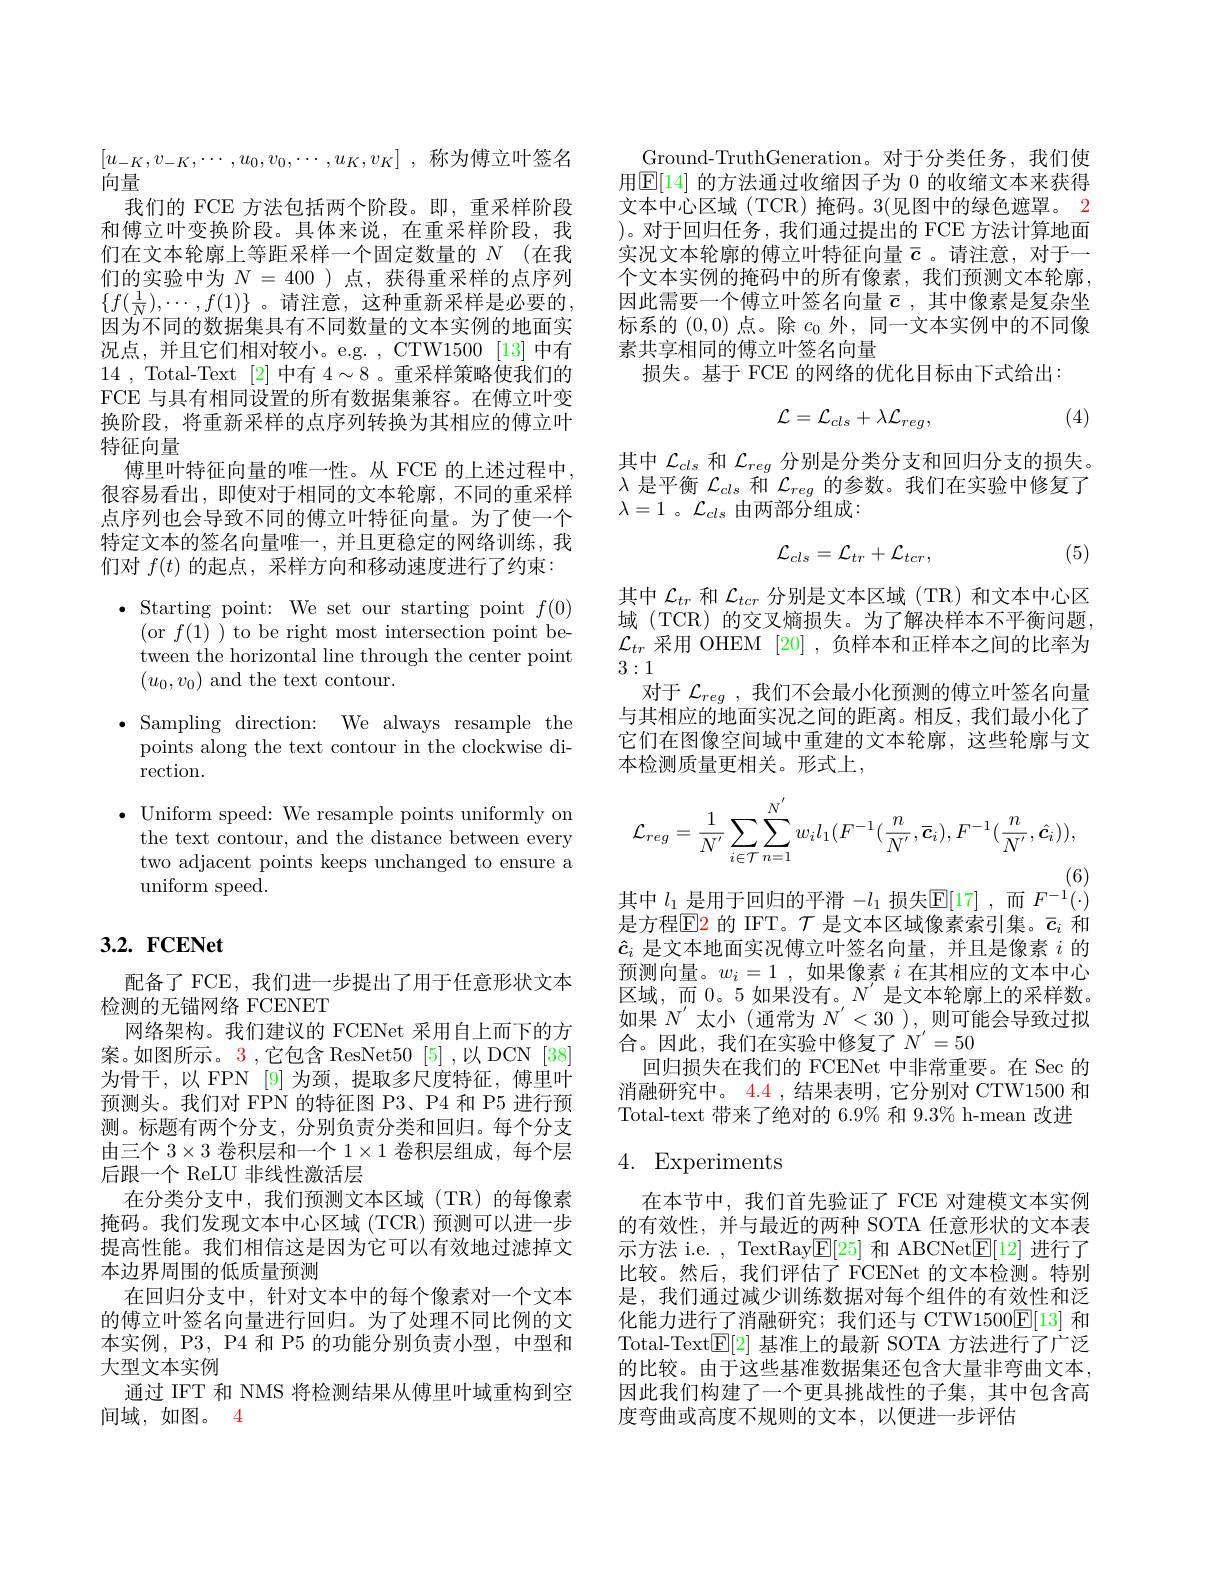
$[ u_{- K}, v_{- K}, \cdots , u_0, v_0, \cdots , u_K, v_K]$ ,称为傅立叶签名
向量
我们的 FCE 方法包括两个阶段。即，重采样阶段和傅立叶变换阶段。具体来说，在重采样阶段，我们在文本轮廓上等距采样一个固定数量的$N$ (在我们的实验中为$N=400$ )点，获得重采样的点序列$\{f(\frac{1}{N}),\cdots,f(1)\}$ 。请注意，这种重新采样是必要的， 因为不同的数据集具有不同数量的文本实例的地面实况点，并且它们相对较小。e.g.,CTW1500[13]中有14 , Total-Text [2]中有$4\sim8$ 。重采样策略使我们的FCE 与具有相同设置的所有数据集兼容。在傅立叶变换阶段，将重新采样的点序列转换为其相应的傅立叶特征向量
傅里叶特征向量的唯一性。从 FCE 的上述过程中， 很容易看出，即使对于相同的文本轮廓，不同的重采样点序列也会导致不同的傅立叶特征向量。为了使一个特定文本的签名向量唯一，并且更稳定的网络训练，我们对$f(t)$的起点，采样方向和移动速度进行了约束：

$\bullet$ Starting point: We set our starting point $f(0)$

(or $f(1)$ ) to be right most intersection point be-

tween the horizontal line through the center point

$(u_0,v_0)$ and the text contour.

$\bullet$ Sampling direction: We always resample the

points along the text contour in the clockwise di-

rection.

$\bullet$ Uniform speed: We resample points uniformly on

the text contour, and the distance between every

two adjacent points keeps unchanged to ensure a

uniform speed.

## $3. 2. \textbf{ FCENet}$

配备了 FCE, 我们进一步提出了用于任意形状文本
检测的无错网络 FCENET
网络架构。我们建议的 FCENet 采用自上而下的方案。如图所示。3 ,它包含 ResNet50 [5] ,以 DCN [38] 为骨干，以 FPN [9] 为颈，提取多尺度特征，傅里叶预测头。我们对 FPN 的特征图 P3、P4 和 P5 进行预测。标题有两个分支，分别负责分类和回归。每个分支由三个$3\times3$卷积层和一个$1\times1$卷积层组成，每个层后跟一个 ReLU 非线性激活层
在分类分支中，我们预测文本区域(TR)的每像素掩码。我们发现文本中心区域 (TCR) 预测可以进一步提高性能。我们相信这是因为它可以有效地过滤掉文本边界周围的低质量预测
在回归分支中，针对文本中的每个像素对一个文本的傅立叶签名向量进行回归。为了处理不同比例的文本实例，P3, P4 和 P5 的功能分别负责小型，中型和大型文本实例
通过 IFT 和 NMS 将检测结果从傅里叶域重构到空
间域，如图。4

Ground-TruthGeneration。对于分类任务，我们使用$\underline{\mathbb{E}}[14]$ 的方法通过收缩因子为 0 的收缩文本来获得文本中心区域(TCR)掩码。3(见图中的绿色遮罩。2 )。对于回归任务，我们通过提出的 FCE 方法计算地面实况文本轮廓的傅立叶特征向量$\bar{c}$ 。请注意，对于一个文本实例的掩码中的所有像素，我们预测文本轮廓， 因此需要一个傅立叶签名向量$\bar{c}$ ,其中像素是复杂坐标系的(0,0)点。除$c_0$外，同一文本实例中的不同像素共享相同的傅立叶签名向量
损失。基于 FCE 的网络的优化目标由下式给出：
$$\mathcal{L}=\mathcal{L}_{cls}+\lambda\mathcal{L}_{reg},$$
(4)

其中$\mathcal{L}_{cls}$和$\mathcal{L}_reg$分别是分类分支和回归分支的损失。$\lambda$是平衡$\mathcal{L}_cls$和$\mathcal{L}_reg$的参数。我们在实验中修复了$\lambda=1$ 。$\mathcal{L}_cls$ 由两部分组成：
$$\mathcal{L}_{cls}=\mathcal{L}_{tr}+\mathcal{L}_{tcr},$$
(5)

其中$\mathcal{L}_{tr}$和$\mathcal{L}_{tcr}$分别是文本区域(TR)和文本中心区域 (TCR) 的交叉熵损失。为了解决样本不平衡问题， $\mathcal{L}_{tr}$采用 OHEM [20] ,负样本和正样本之间的比率为3:1
对于$\mathcal{L}_{reg}$ ,我们不会最小化预测的傅立叶签名向量与其相应的地面实况之间的距离。相反，我们最小化了它们在图像空间域中重建的文本轮廓，这些轮廓与文本检测质量更相关。形式上，
$$\mathcal{L}_{reg}=\frac{1}{N^{'}}\sum_{i\in\mathcal{T}}\sum_{n=1}^{N^{'}}w_{i}l_{1}(F^{-1}(\frac{n}{N^{'}},\overline{\boldsymbol{c}}_{i}),F^{-1}(\frac{n}{N^{'}},\hat{\boldsymbol{c}}_{i})),$$
(6)
其中$l_1$是用于回归的平滑$-l_1$损失$\mathbb{E}[17]$,而$F^-1(\cdot)$

是方程$\overline{\mathrm{E}}$2 的 IFT。$\mathcal{T}$ 是文本区域像素索引集。$\bar{c}_i$ 和$\hat{c}_i$是文本地面实况傅立叶签名向量，并且是像素$i$的预测向量。$w_i=1$,如果像素$i$在其相应的文本中心区域，而0。5 如果没有。$N^\prime$是文本轮廓上的采样数。如果$N^{\prime}$太小(通常为$N^\prime<30$ ),则可能会导致过拟合。因此，我们在实验中修复了$N^{\prime}=50$
回归损失在我们的 FCENet 中非常重要。在 Sec 的消融研究中。$\color{red}{4.4}$ ,结果表明，它分别对 CTW1500 和Total-text 带来了绝对的 6.9% 和 9.3% h-mean 改进

## 4. Experiments

在本节中，我们首先验证了 FCE 对建模文本实例的有效性，并与最近的两种 SOTA 任意形状的文本表示方法 i.e. , TextRayE[25]和 ABCNetE[12]进行了比较。然后，我们评估了 FCENet 的文本检测。特别是，我们通过减少训练数据对每个组件的有效性和泛化能力进行了消融研究；我们还与 CTW1500$\mathbb{E}[13]$和Total-Text$\mathbb{E}[2]$基准上的最新 SOTA 方法进行了广泛的比较。由于这些基准数据集还包含大量非弯曲文本， 因此我们构建了一个更具挑战性的子集，其中包含高度弯曲或高度不规则的文本，以便进一步评估